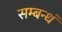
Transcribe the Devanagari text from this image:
सम्बन्धं